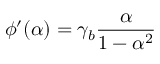
\phi ^ { \prime } ( \alpha ) = \gamma _ { b } \frac { \alpha } { 1 - \alpha ^ { 2 } }